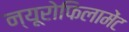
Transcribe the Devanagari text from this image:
न्यूरोफिलामेंट